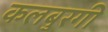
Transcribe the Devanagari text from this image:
कलबुरगी